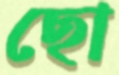
ছো